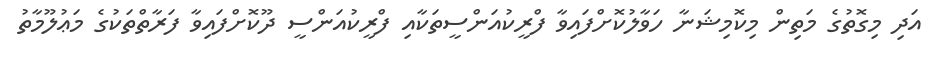
އަދި މިގޮތުގެ މަތިން މިކޮމިޝަނާ ހަވާލުކޮށްފައިވާ ފްރީކުއަންސީތަކާއި ފްރީކުއަންސީ ދޫކޮށްފައިވާ ފަރާތްތަކުގެ މަޢުލޫމާތު